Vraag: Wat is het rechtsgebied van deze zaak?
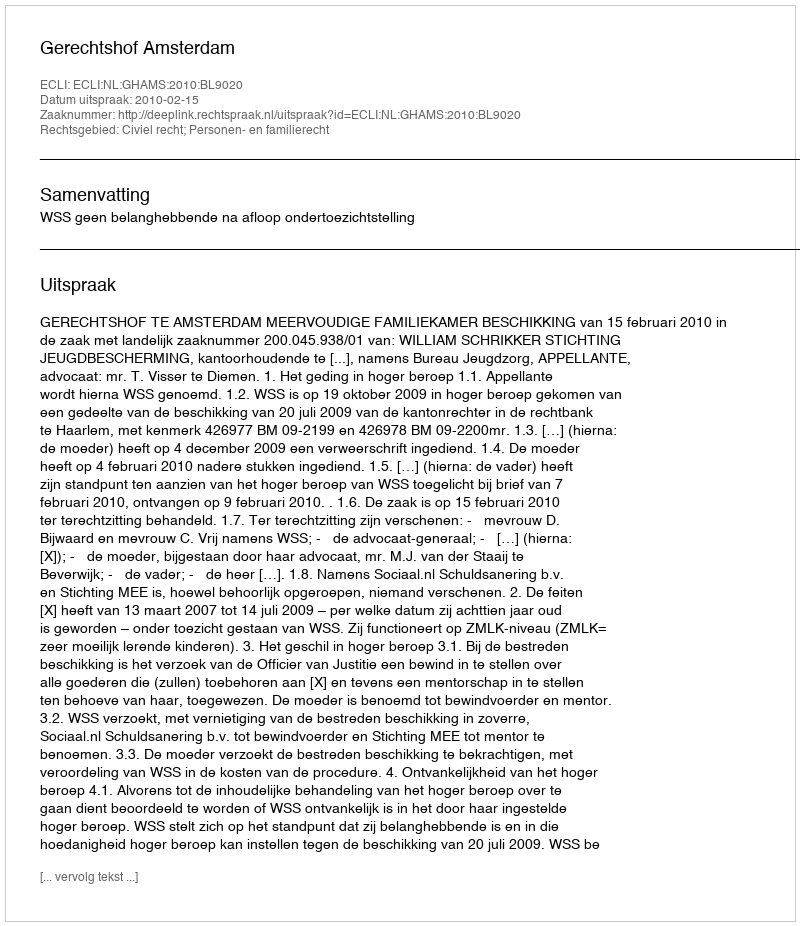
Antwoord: Civiel recht; Personen- en familierecht